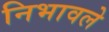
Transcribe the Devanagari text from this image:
निभावले